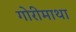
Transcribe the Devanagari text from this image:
गोरीमाथा